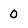
Character: 0